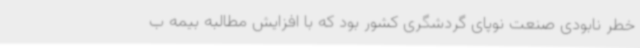
خطر نابودی صنعت نوپای گردشگری کشور بود که با افزایش مطالبه بیمه ب